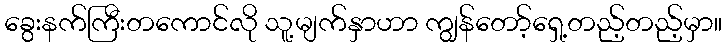
ခွေးနက်ကြီးတကောင်လို သူ့မျက်နှာဟာ ကျွန်တော့်ရှေ့တည့်တည့်မှာ။